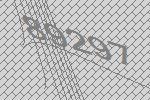
89297